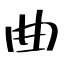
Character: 曲